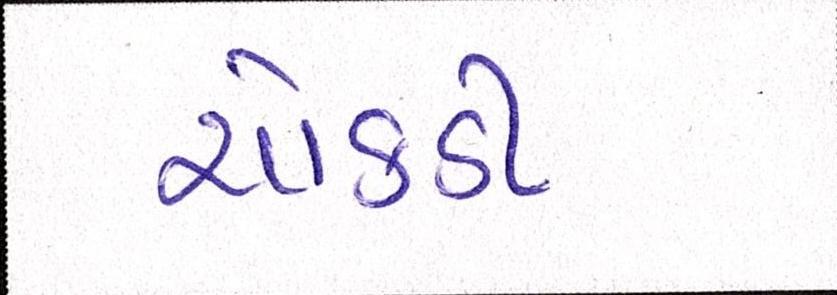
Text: ચોકડી